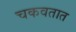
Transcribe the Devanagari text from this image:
चकवतात